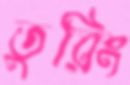
তুরিং